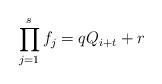
LaTeX: \begin{align*}\prod\limits_{j=1}^sf_j=qQ_{i+t}+r\end{align*}